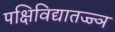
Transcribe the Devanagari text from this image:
पक्षिविद्यातज्ज्ञ